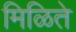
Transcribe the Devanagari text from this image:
मिळिते